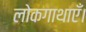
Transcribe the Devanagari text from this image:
लोकगाथाएँ।